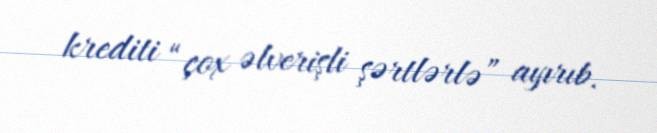
krediti “çox əlverişli şərtlərlə” ayırıb.